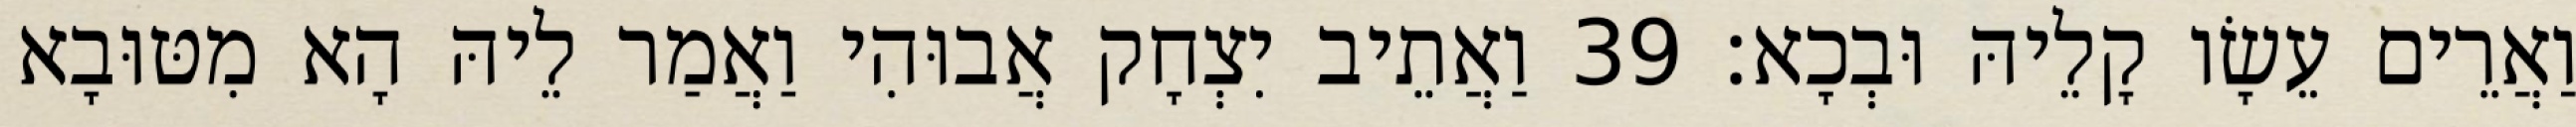
וַאֲרֵים עֵשָׂו קָלֵיהּ וּבְכָא׃ 39 וַאֲתֵיב יִצְחָק אֲבוּהִי וַאֲמַר לֵיהּ הָא מִטּוּבָא